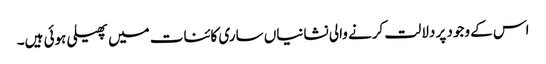
اس کے وجود پر دلالت کرنے والی نشانیاں ساری کائنات میں پھیلی ہوئی ہیں۔